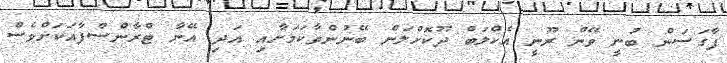
ފާގަސަން ބުނީ ވޭން ރޫނީ އެކްލަބް ދޫކޮށްލަން ބޭނުންވާކަމަށާއި އަދި އޭނާ ޓްރާންސްފާއަކަށްވެސް